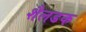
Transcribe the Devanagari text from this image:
शैलडक